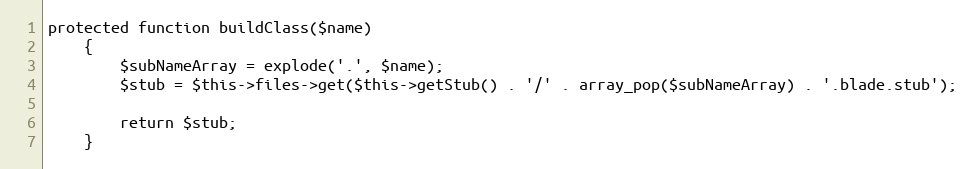
Language: PHP
protected function buildClass($name)
    {
        $subNameArray = explode('.', $name);
        $stub = $this->files->get($this->getStub() . '/' . array_pop($subNameArray) . '.blade.stub');

        return $stub;
    }